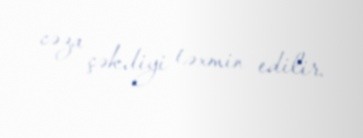
cəza çəkdiyi təxmin edilir.